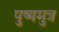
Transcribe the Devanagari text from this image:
पुष्यमुत्र